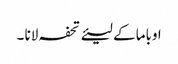
اوباما کے لیئے تحفہ لانا ۔